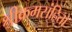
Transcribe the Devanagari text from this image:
श्रीक्रमसंहिता